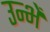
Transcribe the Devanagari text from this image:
उन्भें